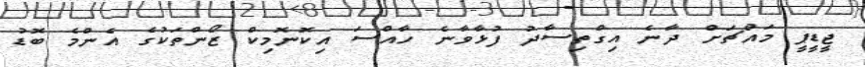
ޖީޑީޕީ މައްޗަށް ދާނެ އިގްތިސާދު ފުޅާވާނެ ހާއްސަ އިކޮނޮމިކް ޒޯންތަކުގެ އެންމެ ބޮޑު